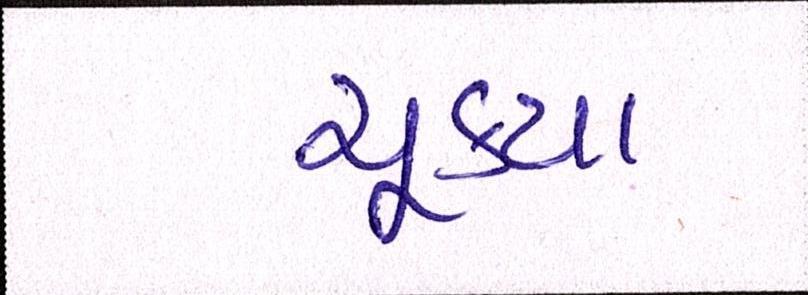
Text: ચૂક્યા